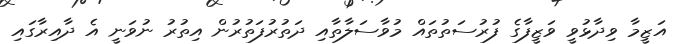
އަޒީމާ ވިދާޅުވީ ވަޒީފާގެ ފުރުސަތުތައް މުވާސަލާތާއި ދަތުރުފަތުރުން އިތުރު ނުވަނީ އެ ދާއިރާގައި